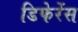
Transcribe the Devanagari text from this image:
डिफेरेंस